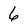
Character: 6